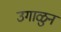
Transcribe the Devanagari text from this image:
उगाळुन